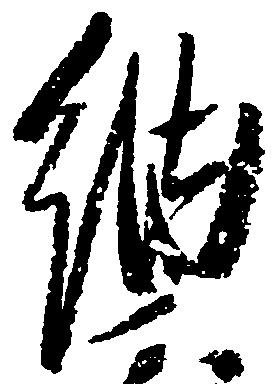
納